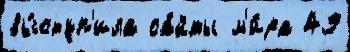
вы́ступ'ила са́йты м'и́ра 49